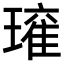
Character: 𭹾